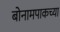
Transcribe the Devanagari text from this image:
बोनामपाकच्या